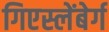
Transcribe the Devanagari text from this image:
गिएस्लेंबेर्ग